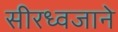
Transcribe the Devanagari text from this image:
सीरध्वजाने